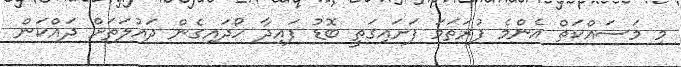
މި މަސައްކަތް އެންމެ ފުރަތަމަ ފަށައިގަތީ ބޮޑު ފައިދާ ހޯދައިގެން ދައުލަތަށް ދައްކަން